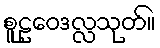
စူဠဝေဒလ္လသုတ်။